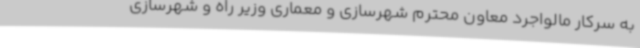
به سرکار مالواجرد معاون محترم شهرسازی و معماری وزیر راه و شهرسازی